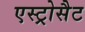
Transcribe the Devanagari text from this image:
एस्ट्रोसैट